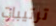
ترتيبات